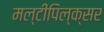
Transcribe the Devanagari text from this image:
मल्टीपिल्क्सर